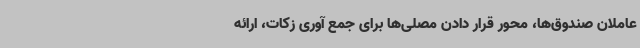
عاملان صندوق‌ها، محور قرار دادن مصلی‌ها برای جمع آوری زکات، ارائه